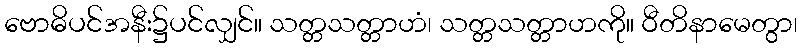
ဗောဓိပင်အနီး၌ပင်လျှင်။ သတ္တသတ္တာဟံ၊ သတ္တသတ္တာဟကို။ ဝီတိနာမေတွာ၊